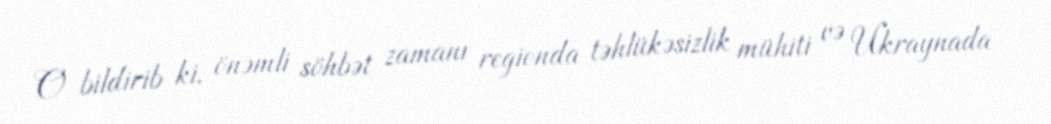
O bildirib ki, önəmli söhbət zamanı regionda təhlükəsizlik mühiti və Ukraynada